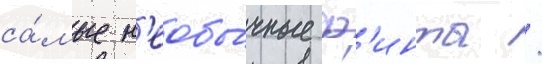
са́мые н'еобы́чные ф'инты /